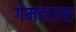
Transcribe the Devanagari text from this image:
गेमहाउस